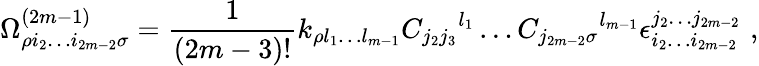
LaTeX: \Omega_{\rho i_{2}\ldots i_{2m-2}\sigma}^{(2m-1)}={\frac{1}{(2m-3)!}}k_{\rho l_{1}\ldots l_{m-1}}{C_{j_{2}j_{3}}}^{l_{1}}\ldots{C_{j_{2m-2}\sigma}}^{l_{m-1}}\epsilon_{i_{2}\ldots i_{2m-2}}^{j_{2}\ldots j_{2m-2}}\, \, ,